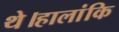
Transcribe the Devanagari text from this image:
थे।हालांकि